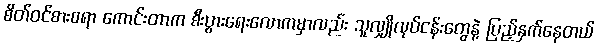
စိတ်ဝင်စားစရာ ကောင်းတာက စီးပွားရေးလောကမှာလည်း သူလျှိုလုပ်ငန်းတွေနဲ့ ပြည့်နှက်နေတယ်